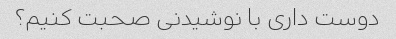
دوست داری با نوشیدنی صحبت کنیم؟